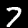
Label: 7